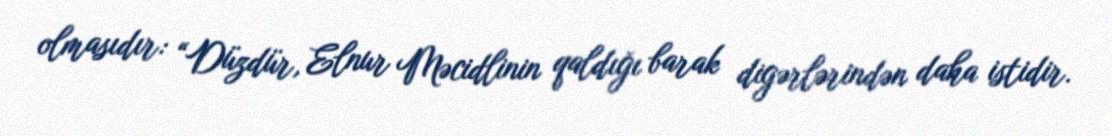
olmasıdır: “Düzdür, Elnur Məcidlinin qaldığı barak digərlərindən daha istidir.